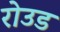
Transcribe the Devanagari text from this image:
रोउड